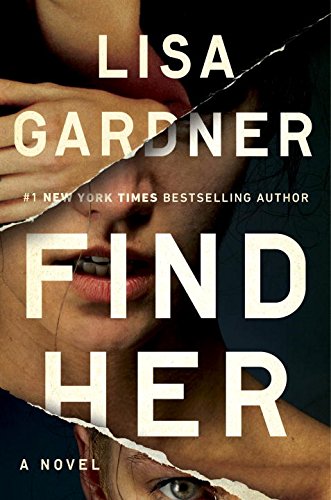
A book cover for Find Her (D. D. Warren); Lisa Gardner; Mystery, Thriller & Suspense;